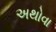
અથોવા